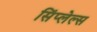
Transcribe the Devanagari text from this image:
सिंप्लेल्स